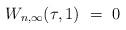
LaTeX: \begin{align*} W_{n, \infty}(\tau, 1) \ = \ 0 \end{align*}